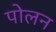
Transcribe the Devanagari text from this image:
पोलन